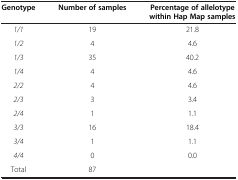
<table><thead><tr><td><b>Genotype</b></td><td><b>Number of samples</b></td><td><b>Percentage of allelotype within Hap Map samples</b></td></tr></thead><tbody><tr><td><i>1/1</i></td><td>19</td><td>21.8</td></tr><tr><td><i>1/2</i></td><td>4</td><td>4.6</td></tr><tr><td><i>1/3</i></td><td>35</td><td>40.2</td></tr><tr><td><i>1/4</i></td><td>4</td><td>4.6</td></tr><tr><td><i>2/2</i></td><td>4</td><td>4.6</td></tr><tr><td><i>2/3</i></td><td>3</td><td>3.4</td></tr><tr><td><i>2/4</i></td><td>1</td><td>1.1</td></tr><tr><td><i>3/3</i></td><td>16</td><td>18.4</td></tr><tr><td><i>3/4</i></td><td>1</td><td>1.1</td></tr><tr><td><i>4/4</i></td><td>0</td><td>0.0</td></tr><tr><td>Total</td><td>87</td><td> </td></tr></tbody></table>